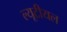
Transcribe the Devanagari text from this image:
ल्यूटीयल